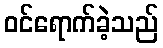
ဝင်ရောက်ခဲ့သည်